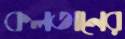
কলতানের